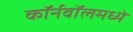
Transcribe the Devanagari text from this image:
कॉर्नवॉलमध्ये